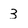
Character: 3